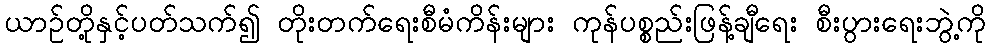
ယာဉ်တို့နှင့်ပတ်သက်၍ တိုးတက်ရေးစီမံကိန်းများ ကုန်ပစ္စည်းဖြန့်ချီရေး စီးပွားရေးဘွဲ့ကို